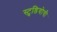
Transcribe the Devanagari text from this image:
स्टुडियोची